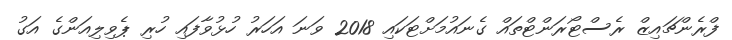
ފްރެންޗައިޒް ރެސްޓޯރަންޓްތައް ގެނައުމަށްޓަކައި 2018 ވަނަ އަހަރު ހުޅުވާފައި ހުރި ޕެވިލިއަންގެ އަގު